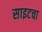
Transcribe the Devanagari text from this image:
साइटचा